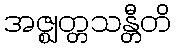
အဇ္ဈတ္တသန္တီတိ